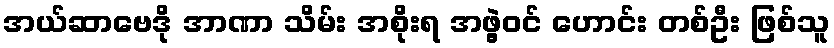
အယ်ဆာဗေဒို အာဏာ သိမ်း အစိုးရ အဖွဲ့ဝင် ဟောင်း တစ်ဦး ဖြစ်သူ